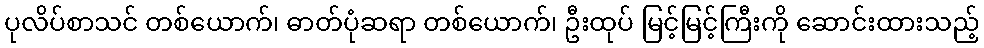
ပုလိပ်စာသင် တစ်ယောက်၊ ဓာတ်ပုံဆရာ တစ်ယောက်၊ ဦးထုပ် မြင့်မြင့်ကြီးကို ဆောင်းထားသည့်